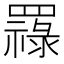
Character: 𦌟